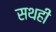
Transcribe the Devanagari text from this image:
सथही